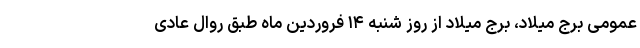
عمومی برج میلاد، برج میلاد از روز شنبه ۱۴ فروردین ماه طبق روال عادی